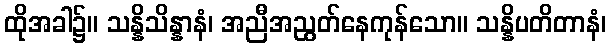
ထိုအခါ၌။ သန္နိသိန္နာနံ၊ အညီအညွတ်နေကုန်သော။ သန္နိပတိတာနံ၊